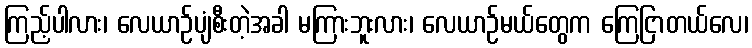
ကြည့်ပါလား၊ လေယာဉ်ပျံစီးတဲ့အခါ မကြားဘူးလား၊ လေယာဉ်မယ်တွေက ကြေငြာတယ်လေ၊